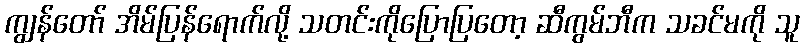
ကျွန်တော် အိမ်ပြန်ရောက်လို့ သတင်းကိုပြောပြတော့ ဆီကွမ်ဘီက သခင်မကို သူ